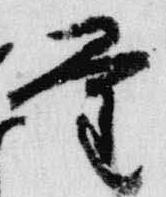
量